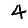
Digit: 4